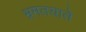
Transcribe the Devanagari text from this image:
भ्रमतयाते